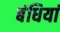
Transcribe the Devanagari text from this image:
बंधियां